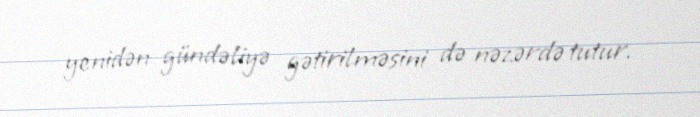
yenidən gündəliyə gətirilməsini də nəzərdə tutur.